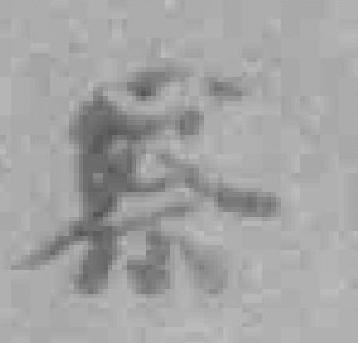
察